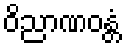
ဝိညာဏဝန္တံ